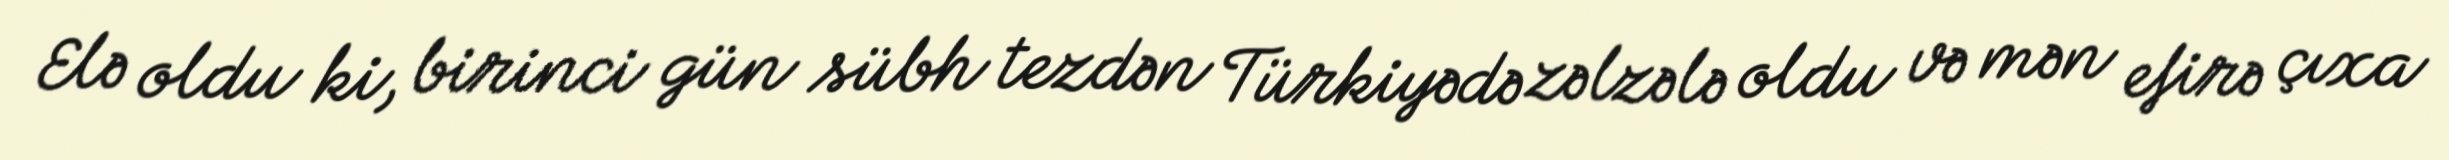
Elə oldu ki, birinci gün sübh tezdən Türkiyədə zəlzələ oldu və mən efirə çıxa